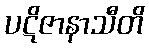
ပဋိဇာနာသီတိ